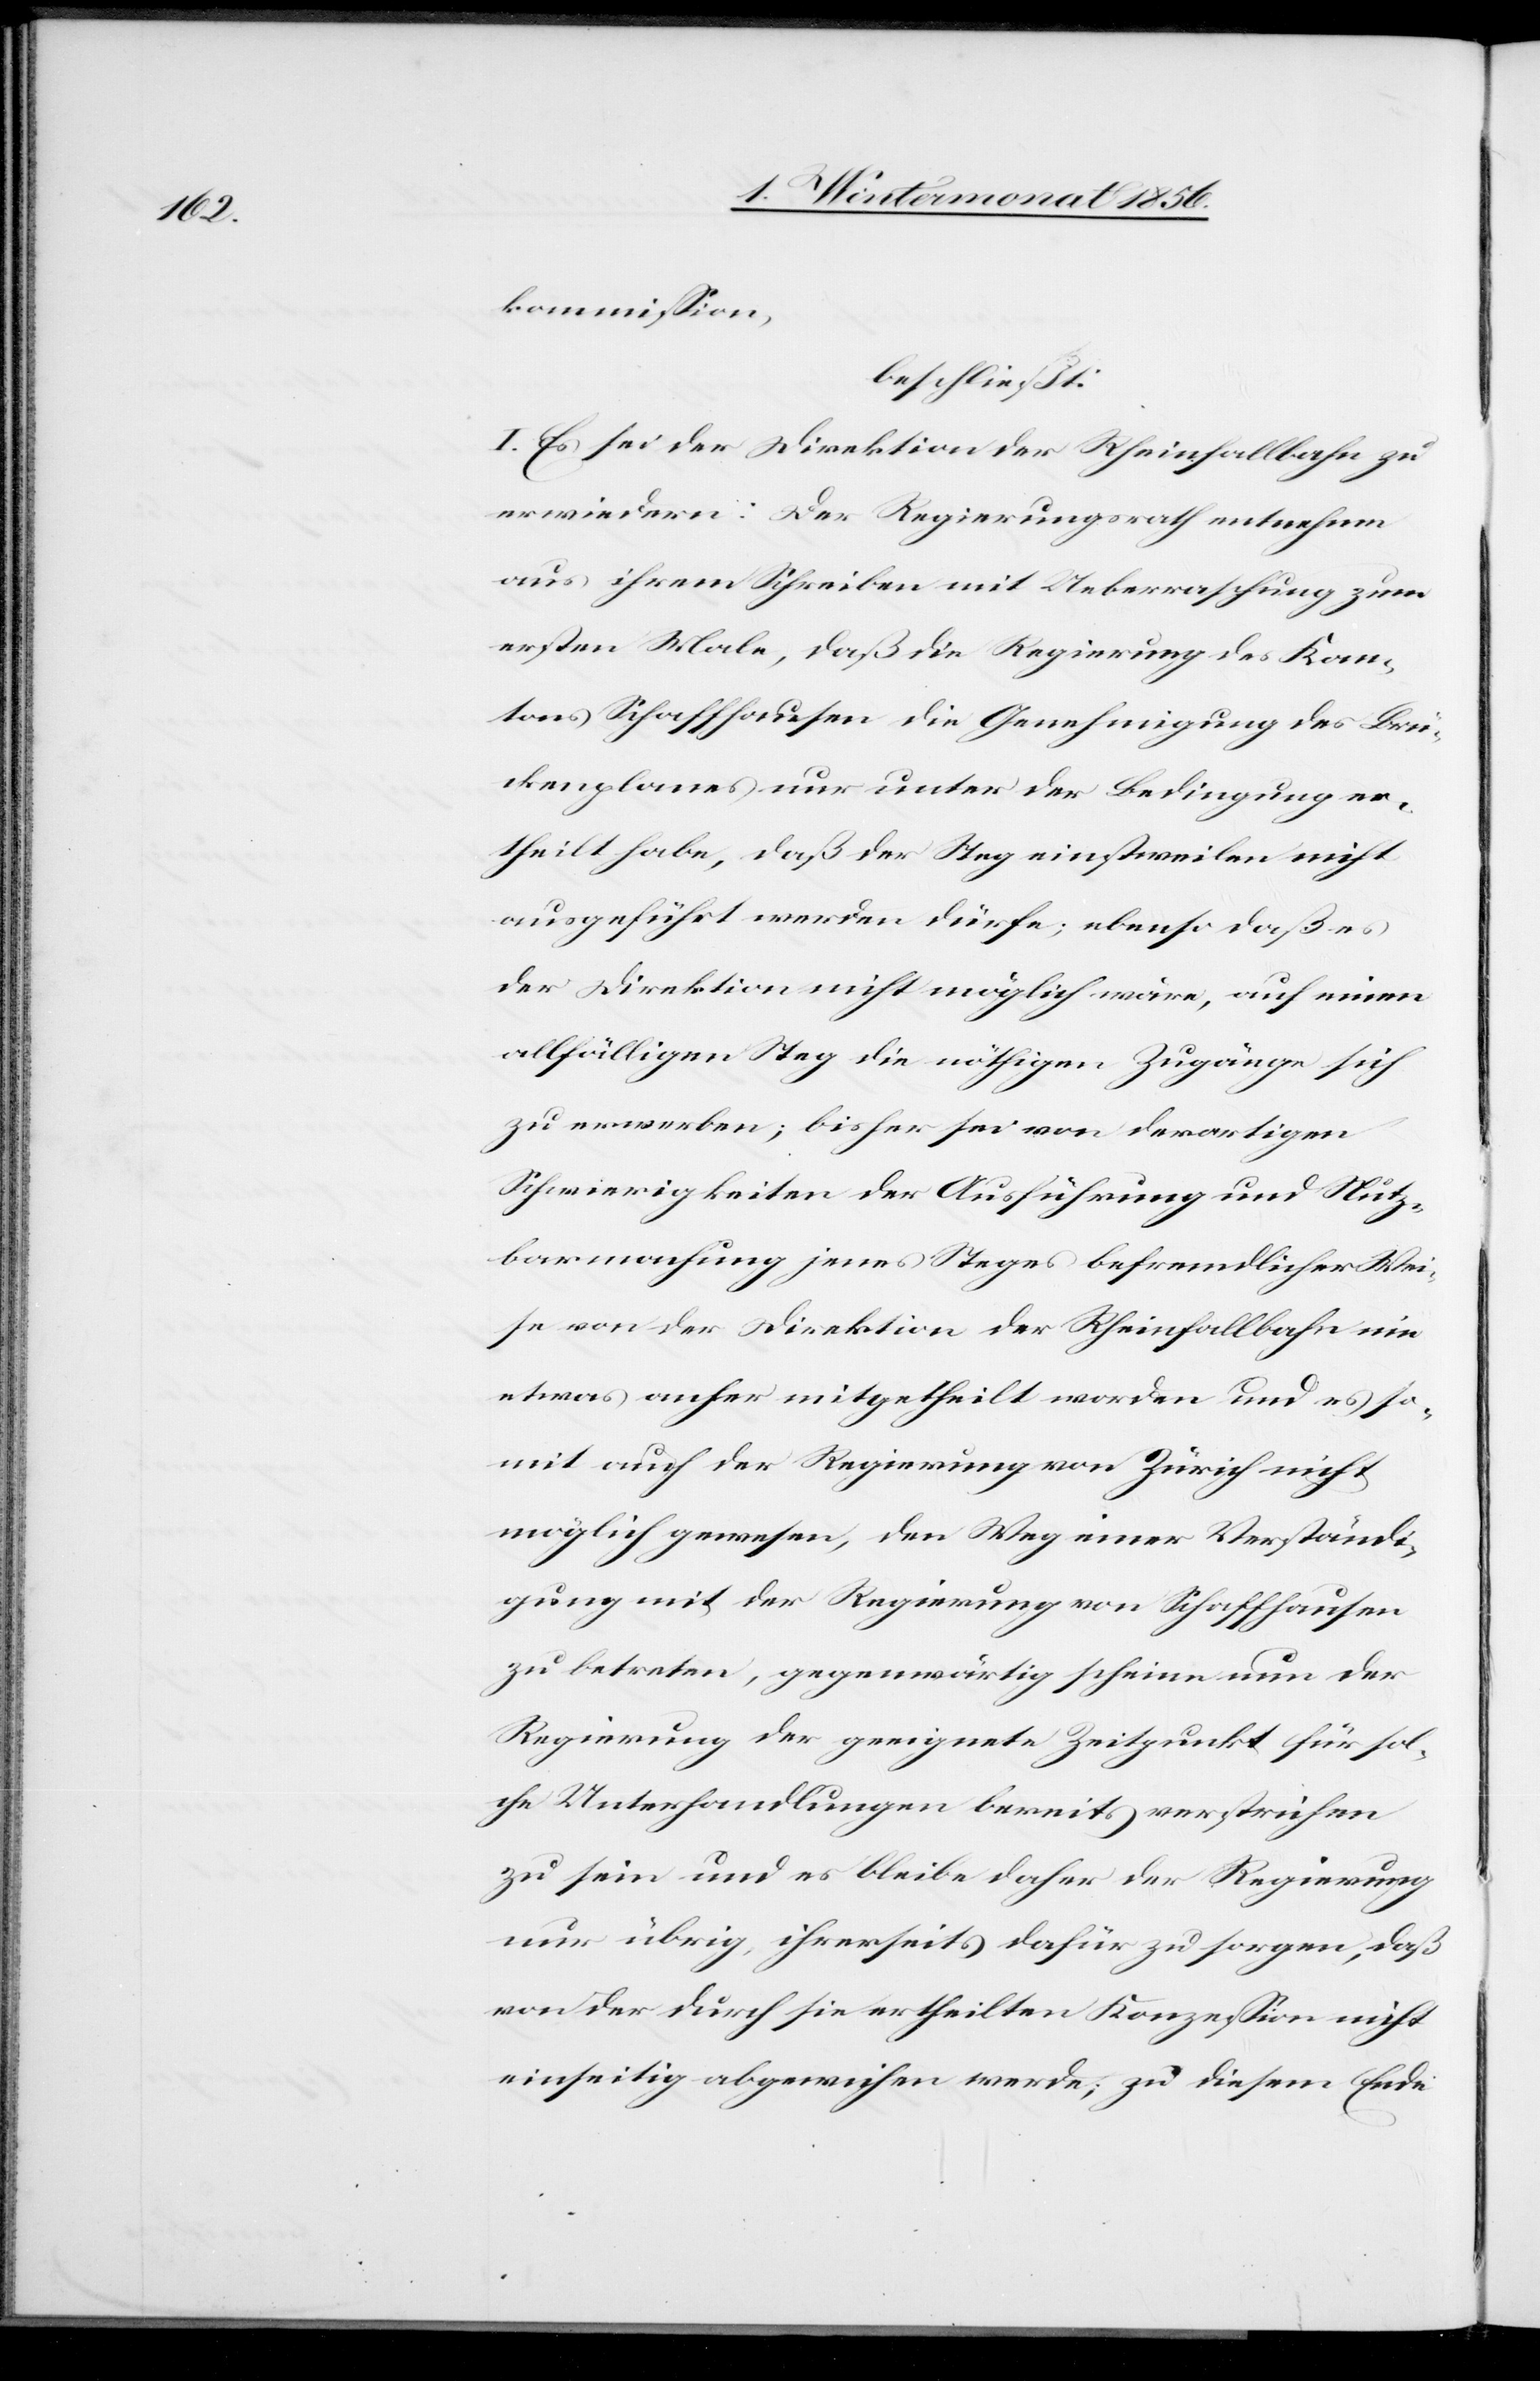
kommission,
beschließt:
I. Es sei der Direktion der Rheinfallbahn zu
erwiedern: Der Regierungsrath entnehme
aus ihrem Schreiben mit Ueberraschung zum
ersten Male, daß die Regierung des Kan¬
tons Schaffhausen die Genehmigung des Brü¬
ckenplanes nur unter der Bedingung er¬
theilt habe, daß der Steg einstweilen nicht
ausgeführt werden dürfe; ebenso daß es
der Direktion nicht möglich wäre, auf einen
allfälligen Steg die nöthigen Zugänge sich
zu erwerben; bisher sei von derartigen
Schwierigkeiten der Ausführung und Nutz¬
barmachung jenes Steges befremdlicher Wei¬
se von der Direktion der Rheinfallbahn nie
etwas anher mitgetheilt worden und es so¬
mit auch der Regierung von Zürich nicht
möglich gewesen, den Weg einer Verständi¬
gung mit der Regierung von Schaffhausen
zu betreten, gegenwärtig scheine nun der
Regierung der geeignete Zeitpunkt für sol¬
che Unterhandlungen bereits verstrichen
zu sein und es bleibe daher der Regierung
nur übrig, ihrerseits dafür zu sorgen, daß
von der durch sie ertheilten Konzession nicht
einseitig abgewichen werde; zu diesem Ende